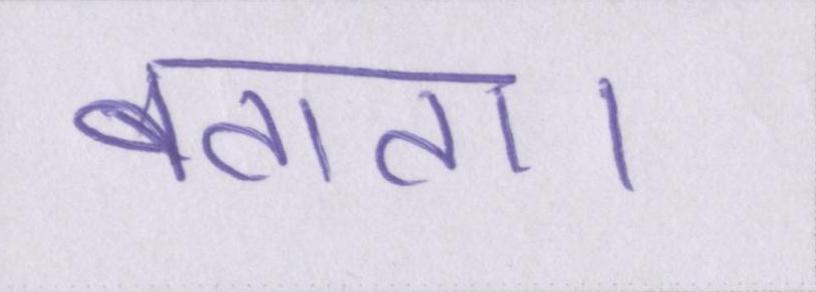
बताता।